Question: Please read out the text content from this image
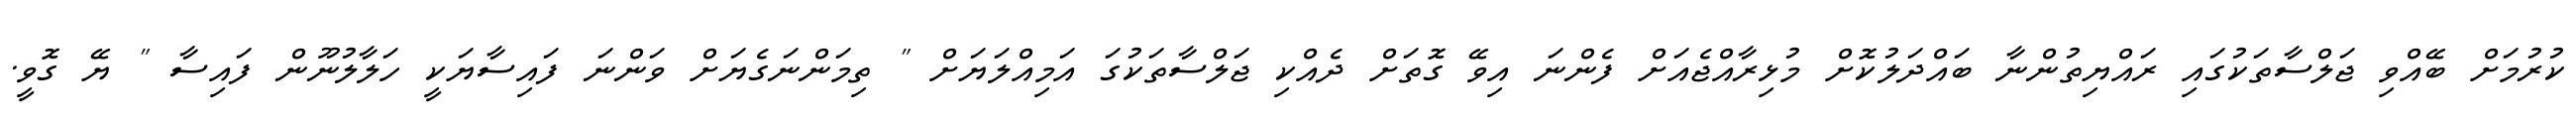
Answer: ކުރުމަށް ބޭއްވި ޖަލްސާތަކުގައި ރައްޔިތުންނާ ބައްދަލުކޮށް މުޅިރާއްޖެއަށް ފެންނަ އިވޭ ގޮތަށް ދެއްކި ޖަލްސާތަކުގަ އަމިއްލަޔަށް " ތިމަންނަގެޔަށް ވަންނަ ފައިސާޔަކީ ހަލާލުނޫން ފައިސާ " ޔޭ ގޮވީ.